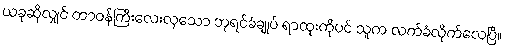
ယခုဆိုလျှင် တာဝန်ကြီးလေးလှသော ဘုရင်ခံချုပ် ရာထူးကိုပင် သူက လက်ခံလိုက်လေပြီ။